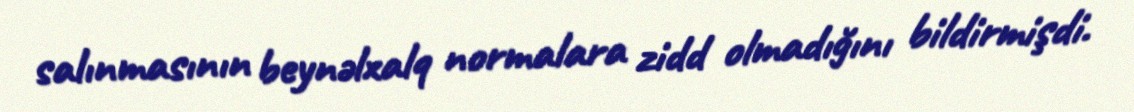
salınmasının beynəlxalq normalara zidd olmadığını bildirmişdi.